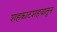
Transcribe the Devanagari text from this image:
शहकाटशहयातून